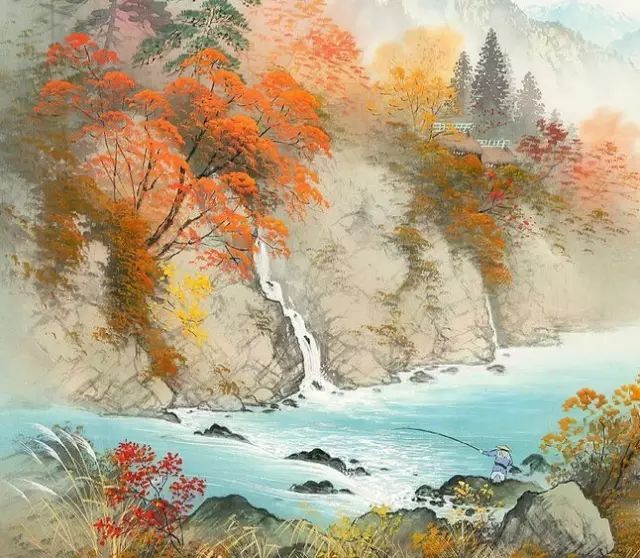
秋色渐将晚，霜信报黄花。